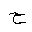
Letter: _ha